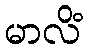
မာလိံ